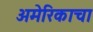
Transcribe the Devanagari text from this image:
अमेरिकाचा